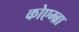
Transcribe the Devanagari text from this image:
कोएम्ब्रा